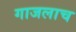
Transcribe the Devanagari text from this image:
गाजलाच